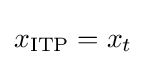
x_{\text{ITP}}=x_{t}